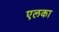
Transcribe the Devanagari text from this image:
एलका